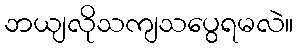
ဘယျလိုသကျသပွေရမလဲ။